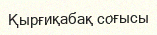
Қырғиқабақ соғысы